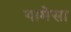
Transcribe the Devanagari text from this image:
गामेसा